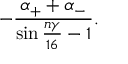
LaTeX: - \frac { \alpha _ { + } + \alpha _ { - } } { \sin { \frac { n \gamma } { 1 6 } } - 1 } .